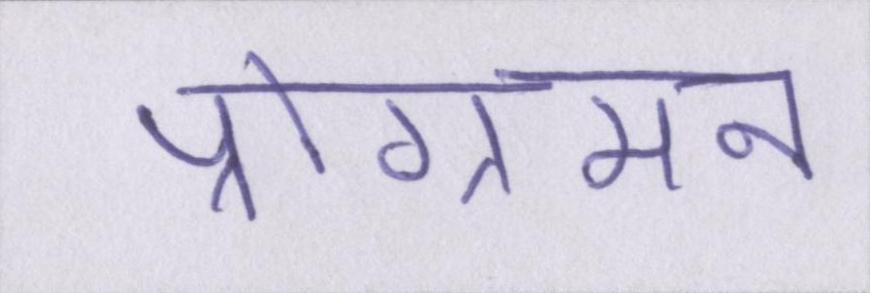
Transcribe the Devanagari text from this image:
प्रोग्रामन